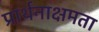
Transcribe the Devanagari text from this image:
प्रार्थनाक्षमता